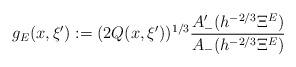
LaTeX: \begin{gather*} g_E(x,\xi'):=(2Q(x,\xi'))^{1/3}\frac{A_-'(h^{-2/3}\Xi^E)}{A_-(h^{-2/3}\Xi^E)} \end{gather*}